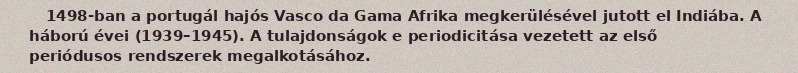
1498-ban a portugál hajós Vasco da Gama Afrika megkerülésével jutott el Indiába. A háború évei (1939–1945). A tulajdonságok e periodicitása vezetett az első periódusos rendszerek megalkotásához.